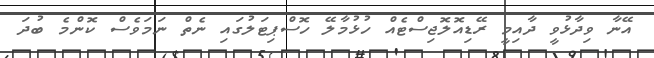
އޭނާ ވިދާޅުވީ ދާއިމީ ރޭޑިއޮލޮޖިސްޓެއް ހުޅުމާލޭ ހޮސްޕިޓަލުގައި ނެތް ނަމަވެސް ކޮންމެ ބުދަ